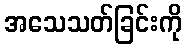
အသေသတ်ခြင်းကို